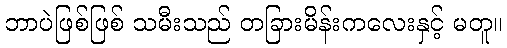
ဘာပဲဖြစ်ဖြစ် သမီးသည် တခြားမိန်းကလေးနှင့် မတူ။